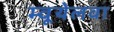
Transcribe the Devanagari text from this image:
म्वूयेलवा